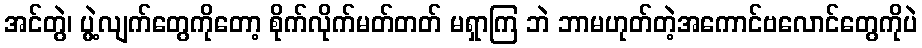
အင်တွဲ၊ ပွဲ့လျက်တွေကိုတော့ စိုက်လိုက်မတ်တတ် မရှာကြ ဘဲ ဘာမဟုတ်တဲ့အကောင်ဗလောင်တွေကိုပဲ